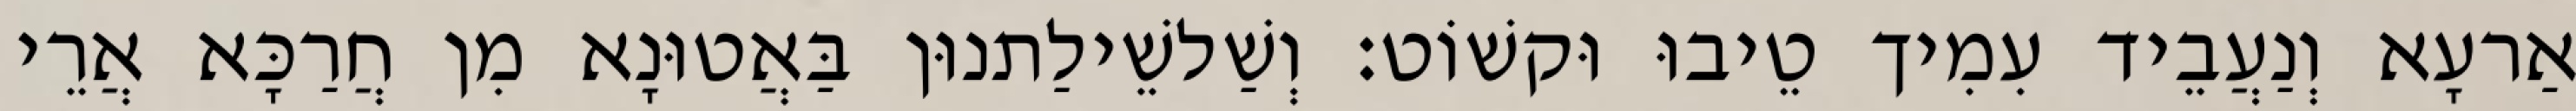
אַרעָא וְנַעֲבֵיד עִמִיך טֵיבוּ וּקשׁוֹט׃ וְשַׁלשֵׁילַתנוּן בַּאֲטוּנָא מִן חֲרַכָּא אֲרֵי